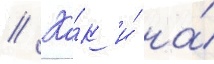
// Ка́к и́ на́